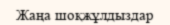
Жаңа шоқжұлдыздар